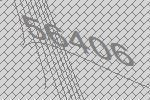
56406